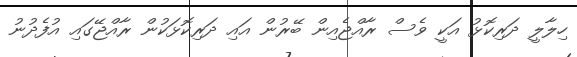
ހިލާލީ ދަރިކޮޅު އަކީ ވެސް ރާއްޖެއިން ބޭރުން އައި ދަރިކޮޅަކުން ރާއްޖޭގައި އުފެދުނު